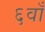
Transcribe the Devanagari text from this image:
६वाँ